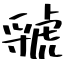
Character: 虢